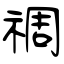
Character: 禂